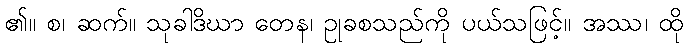
၏။ စ၊ ဆက်။ သုခါဒိဃာ တေန၊ ဥုခစသည်ကို ပယ်သဖြင့်။ အဿ၊ ထို